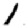
Digit: 1